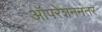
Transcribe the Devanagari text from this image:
ऑपरेशननंतर